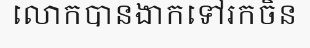
លោកបានងាកទៅរកចិន